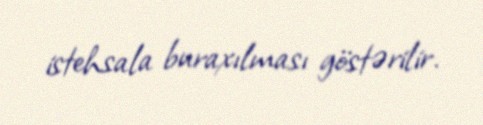
istehsala buraxılması göstərilir.